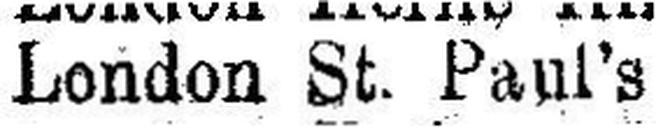
London St. Paul's